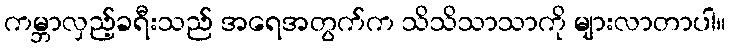
ကမ္ဘာလှည့်ခရီးသည် အရေအတွက်က သိသိသာသာကို များလာတာပါ။